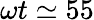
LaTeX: \omega t\simeq 55